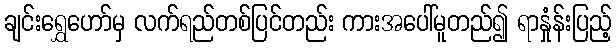
ချင်းရွှေဟော်မှ လက်ရည်တစ်ပြင်တည်း ကားအပေါ်မူတည်၍ ရာနှုံန်းပြည့်